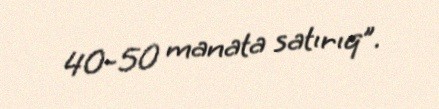
40-50 manata satırıq”.